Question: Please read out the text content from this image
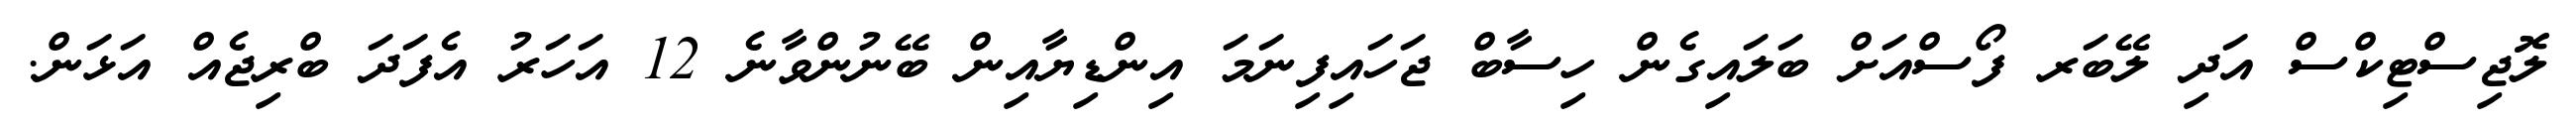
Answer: ލޮޖިސްޓިކްސް އަދި ލޭބަރ ފޯސްއަށް ބަލައިގެން ހިސާބް ޖަހައިފިނަމަ އިންޑިޔާއިން ބޭނުންވާނެ 12 އަހަރު އެފަދަ ބްރިޖެއް އަޅަން.